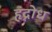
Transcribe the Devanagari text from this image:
हृद्रोध